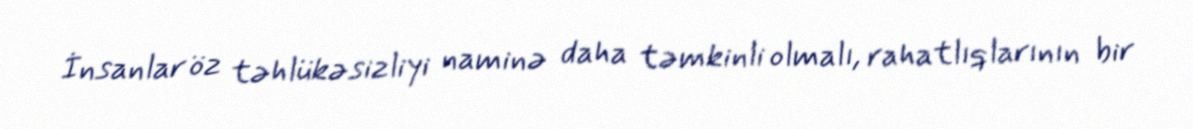
İnsanlar öz təhlükəsizliyi naminə daha təmkinli olmalı, rahatlıqlarının bir